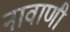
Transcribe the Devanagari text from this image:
नावाणी